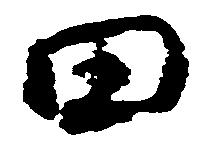
田